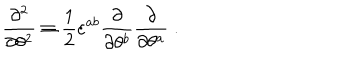
\frac { \partial ^ { 2 } } { \partial \theta ^ { 2 } } \equiv \frac { 1 } { 2 } \varepsilon ^ { a b } \frac { \partial } { \partial \theta ^ { b } } \frac { \partial } { \partial \theta ^ { a } } \; .